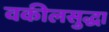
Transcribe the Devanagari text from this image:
वकीलसुद्धा